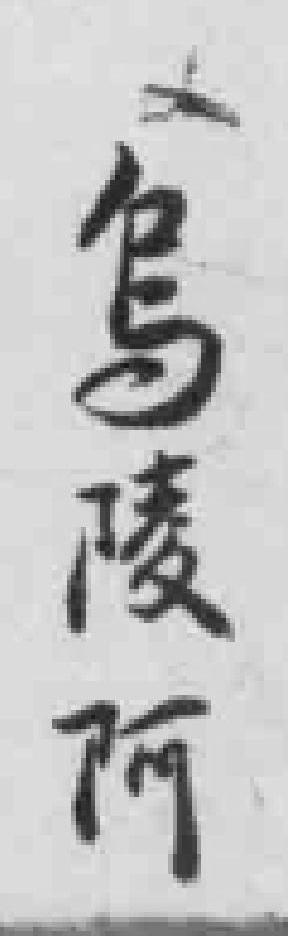
烏陵阿